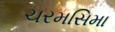
ચરમસિમા